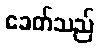
ခေတ်သည်